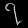
Digit: ၇